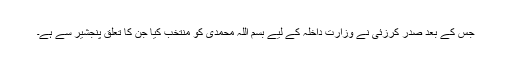
جس کے بعد صدر کرزئی نے وزارتِ داخلہ کے لیے بسم اللہ محمدی کو منتخب کیا جن کا تعلق پنجشیر سے ہے۔